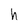
Character: h